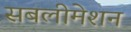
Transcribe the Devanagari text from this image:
सबलीमेशन